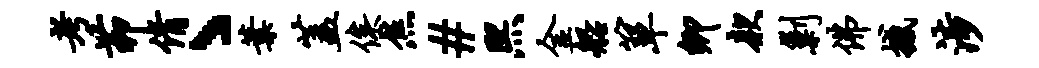
考茆倩丶叶盖俟焦#熙金船箪卿款剿佛撼涉